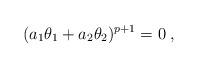
LaTeX: \begin{align*}(a_{1}\theta_{1}+a_{2}\theta_{2})^{p+1}=0\; ,\end{align*}